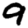
Digit: 9